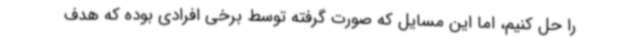
را حل کنیم، اما این مسایل که صورت گرفته توسط برخی افرادی بوده که هدف